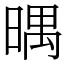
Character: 㬂